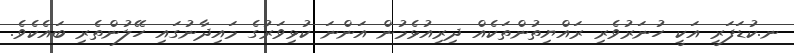
ނ.ކުޑަފަރީ އަކީ ހުނަރުވެރި ރައްޔިތުންތަކެއް ދިރިއުޅެމުން އަންނަ ކުޅިވަރުގެ މައިދާނުގައި ހޭލުންތެރި ބައެކެވެ.